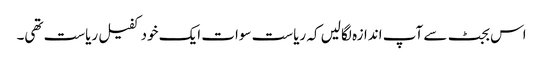
اس بجٹ سے آپ اندازہ لگالیں کہ ریاست سوات ایک خود کفیل ریاست تھی۔